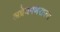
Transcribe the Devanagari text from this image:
अग्रेयगणराज्य